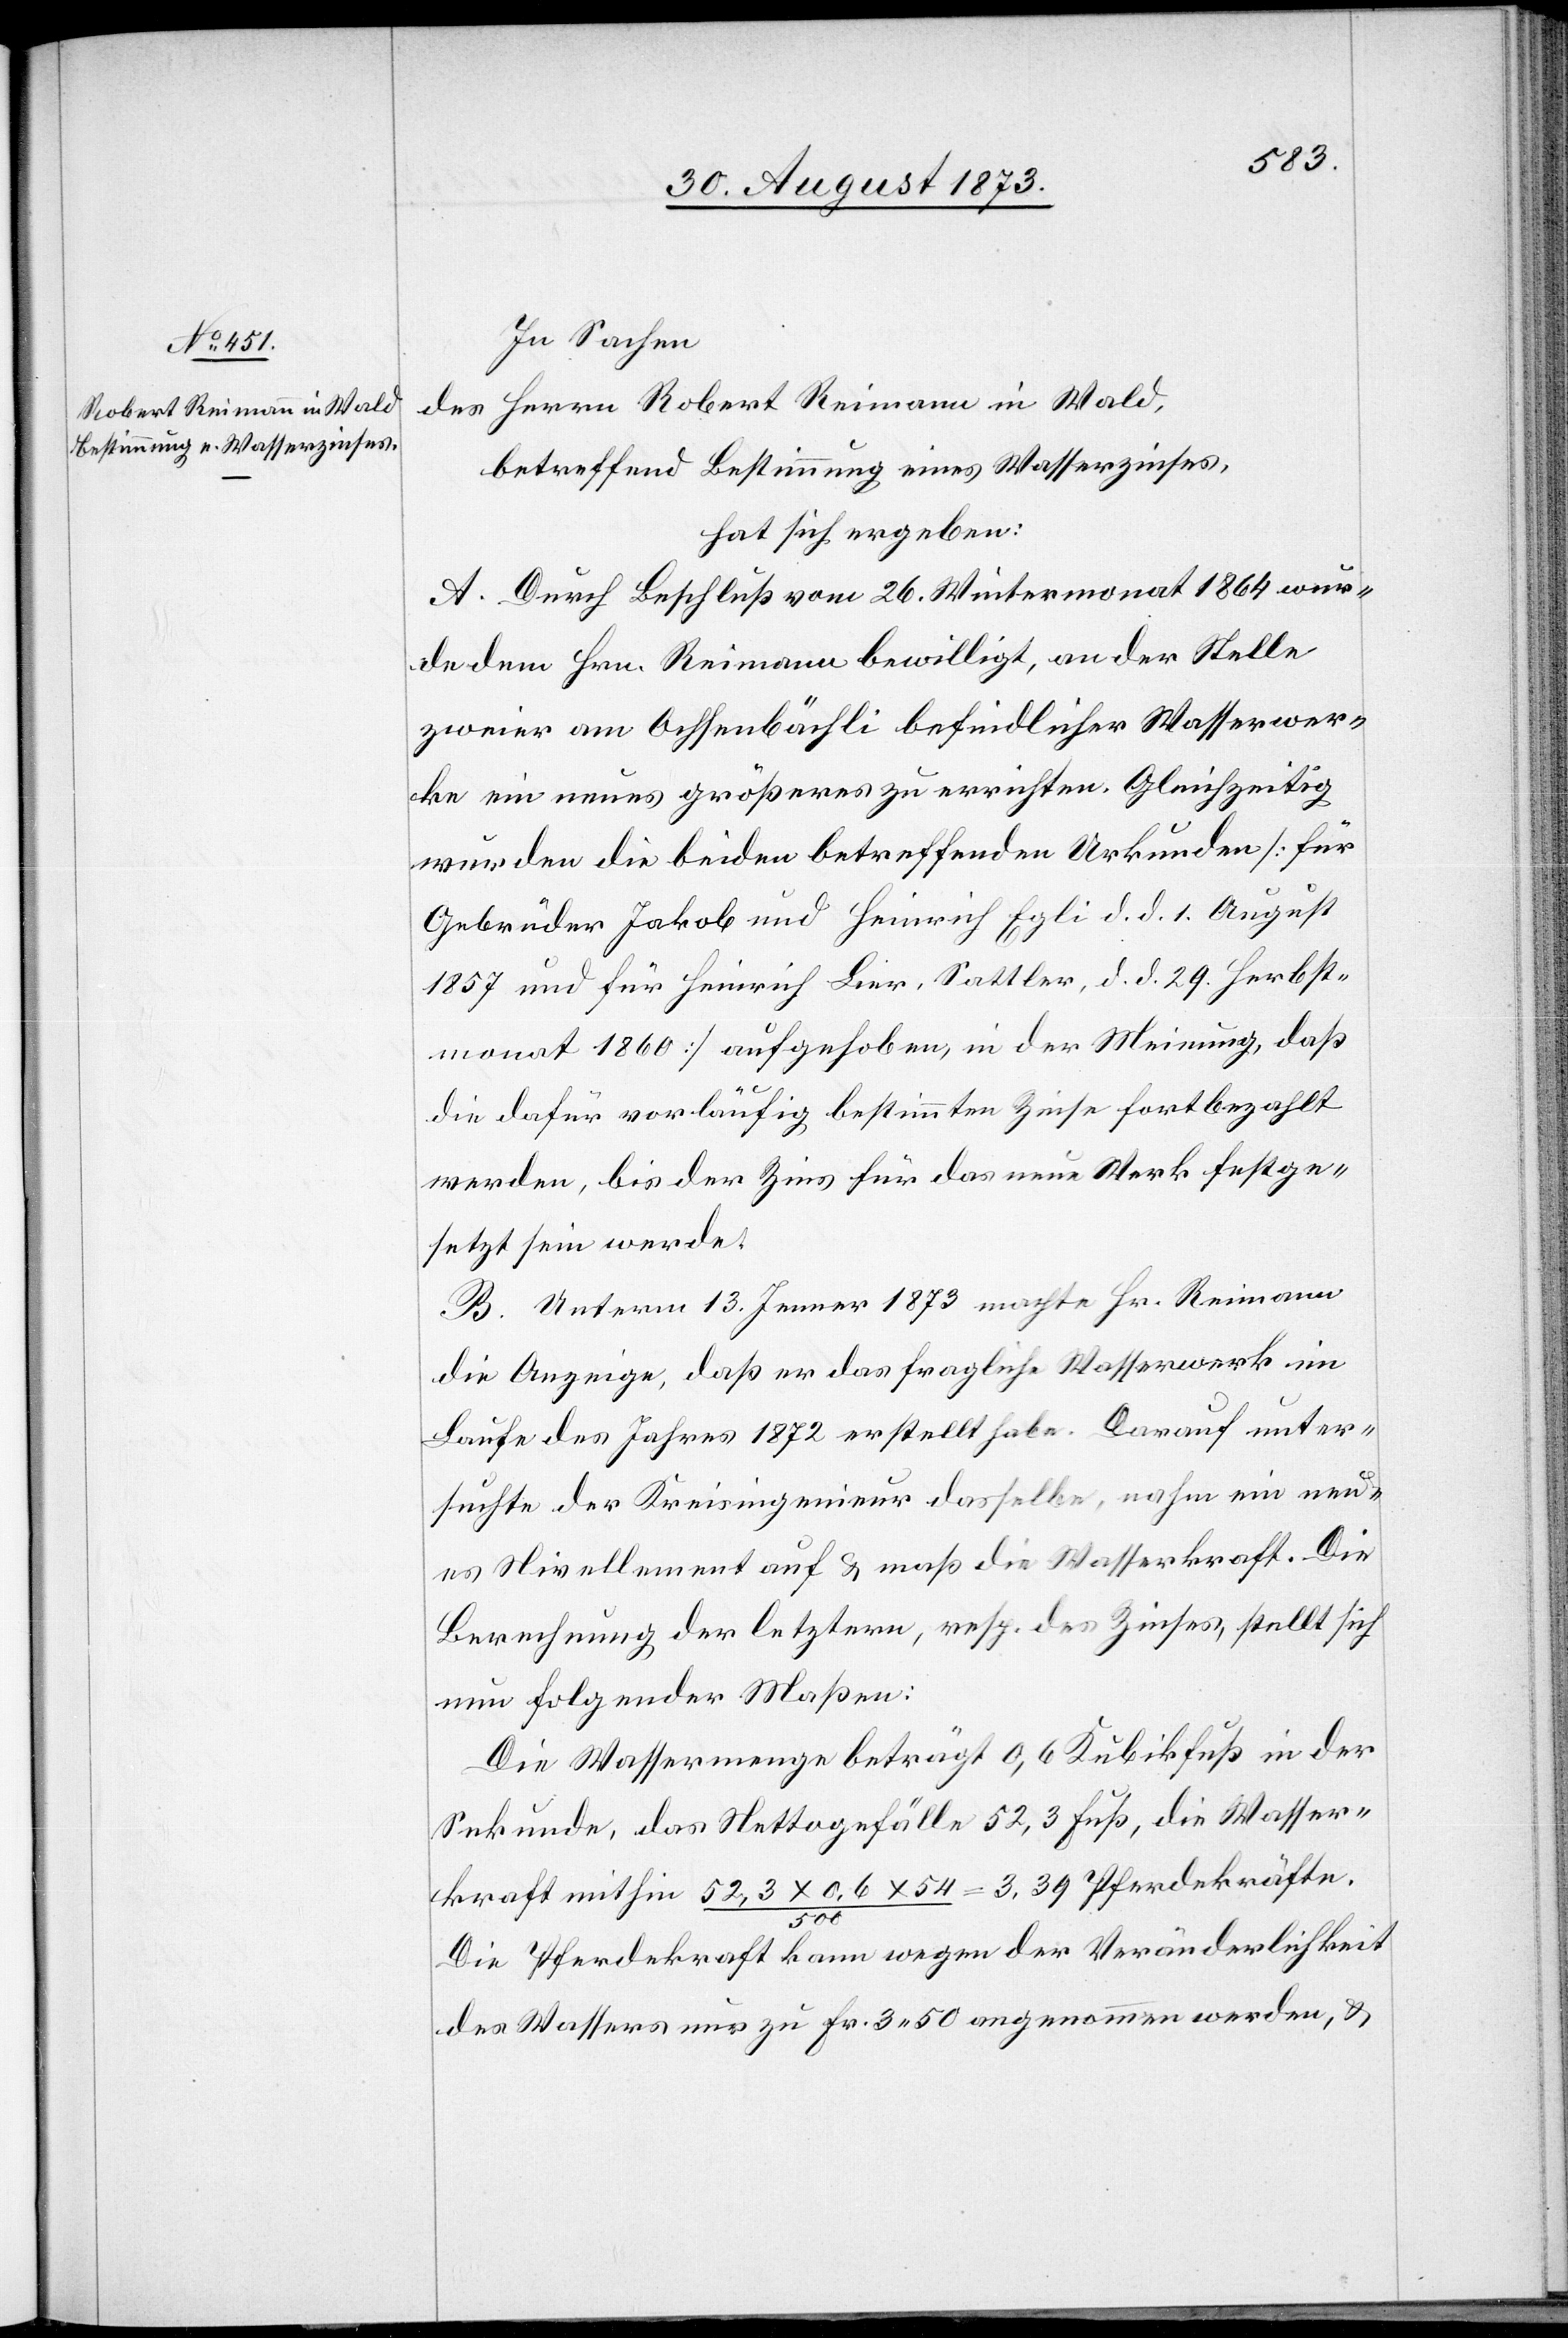
In Sachen
des Herrn Robert Reimann in Wald,
betreffend Bestimmung eines Wasserzinses,
hat sich ergeben:
A. Durch Beschluß vom 26. Wintermonat 1864 wur¬
de dem Hrn. Reimann bewilligt, an der Stelle
zweier am Ochsenbächli befindlicher Wasserwer¬
ke ein neues größeres zu errichten. Gleichzeitig
wurden die beiden betreffenden Urkunden [für
Gebrüder Jakob und Heinrich Egli d. d. 1. August
1857 und für Heinrich Lier, Sattler, d. d. 29. Herbst¬
monat 1860] aufgehoben, in der Meinung, daß
die dafür vorläufig bestimmten Zinse fortbezahlt
werden, bis der Zins für das neue Werk festge¬
setzt sein werde.
B. Unterm 13. Jenner 1873 machte Hr. Reimann
die Anzeige, daß er das fragliche Wasserwerk im
Laufe des Jahres 1872 erstellt habe. Darauf unter¬
suchte der Kreisingenieur dasselbe, nahm ein neu¬
es Nivellement auf & maß die Wasserkraft. Die
Berechnung der letztern, resp. des Zinses, stellt sich
nun folgender Maßen:
Die Wassermenge beträgt 0,6 Kubikfuß in der
Sekunde, das Nettogefälle 52,3 Fuß, die Wasser¬
kraft mithin 52,3 x 0,6 x 54/500 = 3,39 Pferdekräfte.
Die Pferdekraft kann wegen der Veränderlichkeit
des Wassers nur zu Fr. 3 50 angenommen werden, &